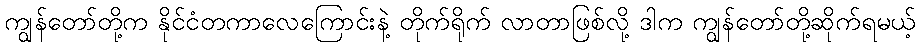
ကျွန်တော်တို့က နိုင်ငံတကာလေကြောင်းနဲ့ တိုက်ရိုက် လာတာဖြစ်လို့ ဒါက ကျွန်တော်တို့ဆိုက်ရမယ့်